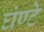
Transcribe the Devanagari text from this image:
घंण्टे